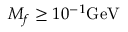
M _ { f } \geq 1 0 ^ { - 1 } \mathrm { G e V }